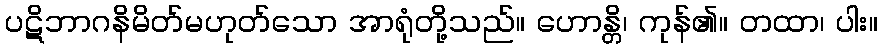
ပဋိဘာဂနိမိတ်မဟုတ်သော အာရုံတို့သည်။ ဟောန္တိ၊ ကုန်၏။ တထာ၊ ပါး။